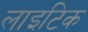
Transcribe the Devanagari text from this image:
लाइटिक